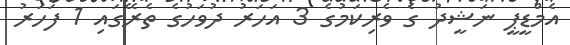
އެމްޑީޕީ ނަޝީދު ގެ ވެރިކަމުގެ 3 އަހަރު ދުވަހުގެ ތެރޭގައި 1 ފަހަރު